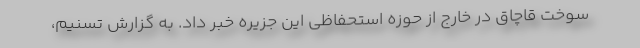
سوخت قاچاق در خارج از حوزه استحفاظی این جزیره خبر داد. به گزارش تسنیم،